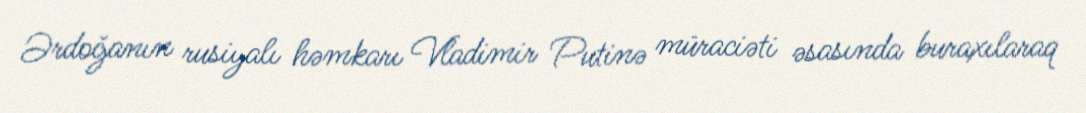
Ərdoğanın rusiyalı həmkarı Vladimir Putinə müraciəti əsasında buraxılaraq